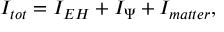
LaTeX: I _ { t o t } = I _ { E H } + I _ { \Psi } + I _ { m a t t e r } ,